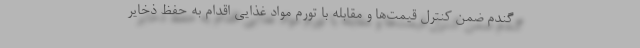
گندم ضمن کنترل قیمت‌ها و مقابله با تورم مواد غذایی اقدام به حفظ ذخایر